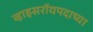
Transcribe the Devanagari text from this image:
व्हाइसरॉयपदाच्या